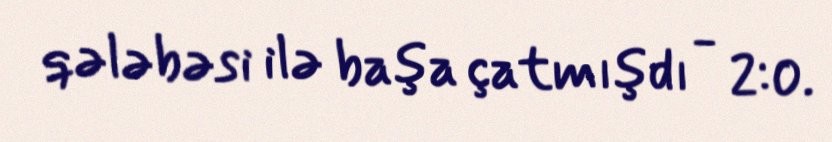
qələbəsi ilə başa çatmışdı - 2:0.